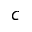
c